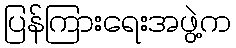
ပြန်ကြားရေးအဖွဲ့က